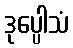
ဒုပ္ပေါသံ